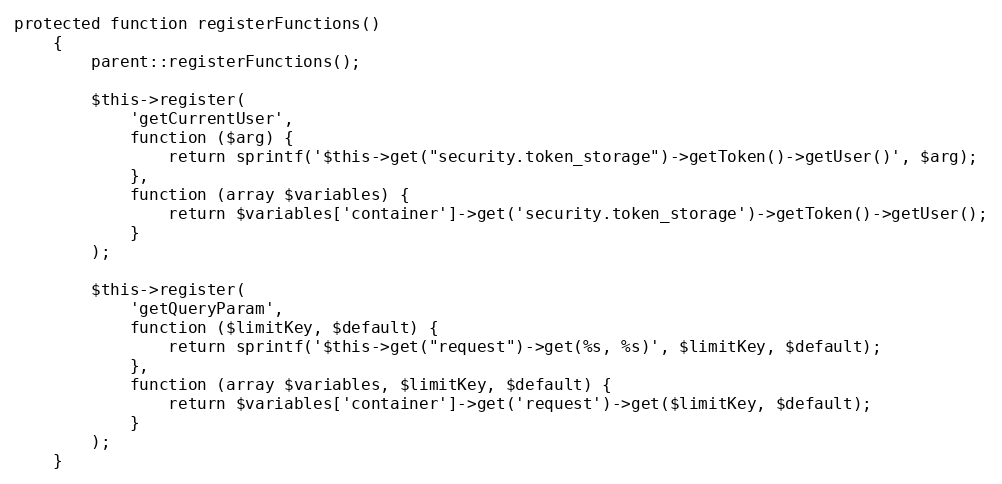
Language: PHP
protected function registerFunctions()
    {
        parent::registerFunctions();

        $this->register(
            'getCurrentUser',
            function ($arg) {
                return sprintf('$this->get("security.token_storage")->getToken()->getUser()', $arg);
            },
            function (array $variables) {
                return $variables['container']->get('security.token_storage')->getToken()->getUser();
            }
        );

        $this->register(
            'getQueryParam',
            function ($limitKey, $default) {
                return sprintf('$this->get("request")->get(%s, %s)', $limitKey, $default);
            },
            function (array $variables, $limitKey, $default) {
                return $variables['container']->get('request')->get($limitKey, $default);
            }
        );
    }